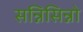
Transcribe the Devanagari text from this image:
सन्निसिन्नो